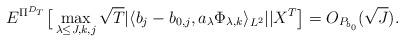
LaTeX: \begin{align*} E^{\Pi^{D_T}}\big[ \max_{\lambda \le J,k,j} \sqrt T |\langle b_j-b_{0,j}, a_\lambda \Phi_{\lambda, k}\rangle_{L^2}||X^T\big] =O_{P_{b_0}}(\sqrt J).\end{align*}